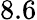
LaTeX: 8.6